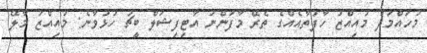
މުހައްމަދު މުއިއްޒު ހާފުތާއެއްގެ ތެރޭ މާފަންނު އާޓިފިޝަލް ބީޗު ހުޅުވާނެ: މުއިއްޒު މާލޭ